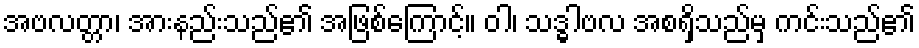
အဗလတ္တာ၊ အားနည်းသည်၏ အဖြစ်ကြောင့်။ ဝါ၊ သဒ္ဓါဗလ အစရှိသည်မှ ကင်းသည်၏